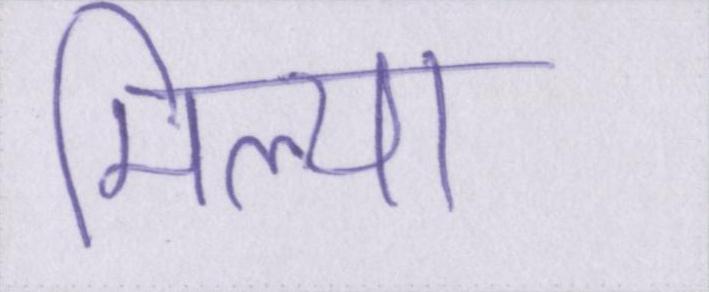
मिल्या